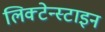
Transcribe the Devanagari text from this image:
लिक्टेन्स्टाइन